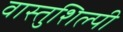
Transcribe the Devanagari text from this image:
वास्‍तुशिल्‍पी